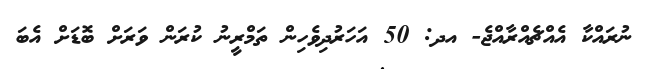
ނުރައްކާ އެއްޗެއްރާއްޖެ- އދ: 50 އަހަރުދިވެހިން ތަމްރީނު ކުރަން ވަރަށް ބޮޑަށް އެބަ